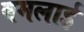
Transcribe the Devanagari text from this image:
बमलाई